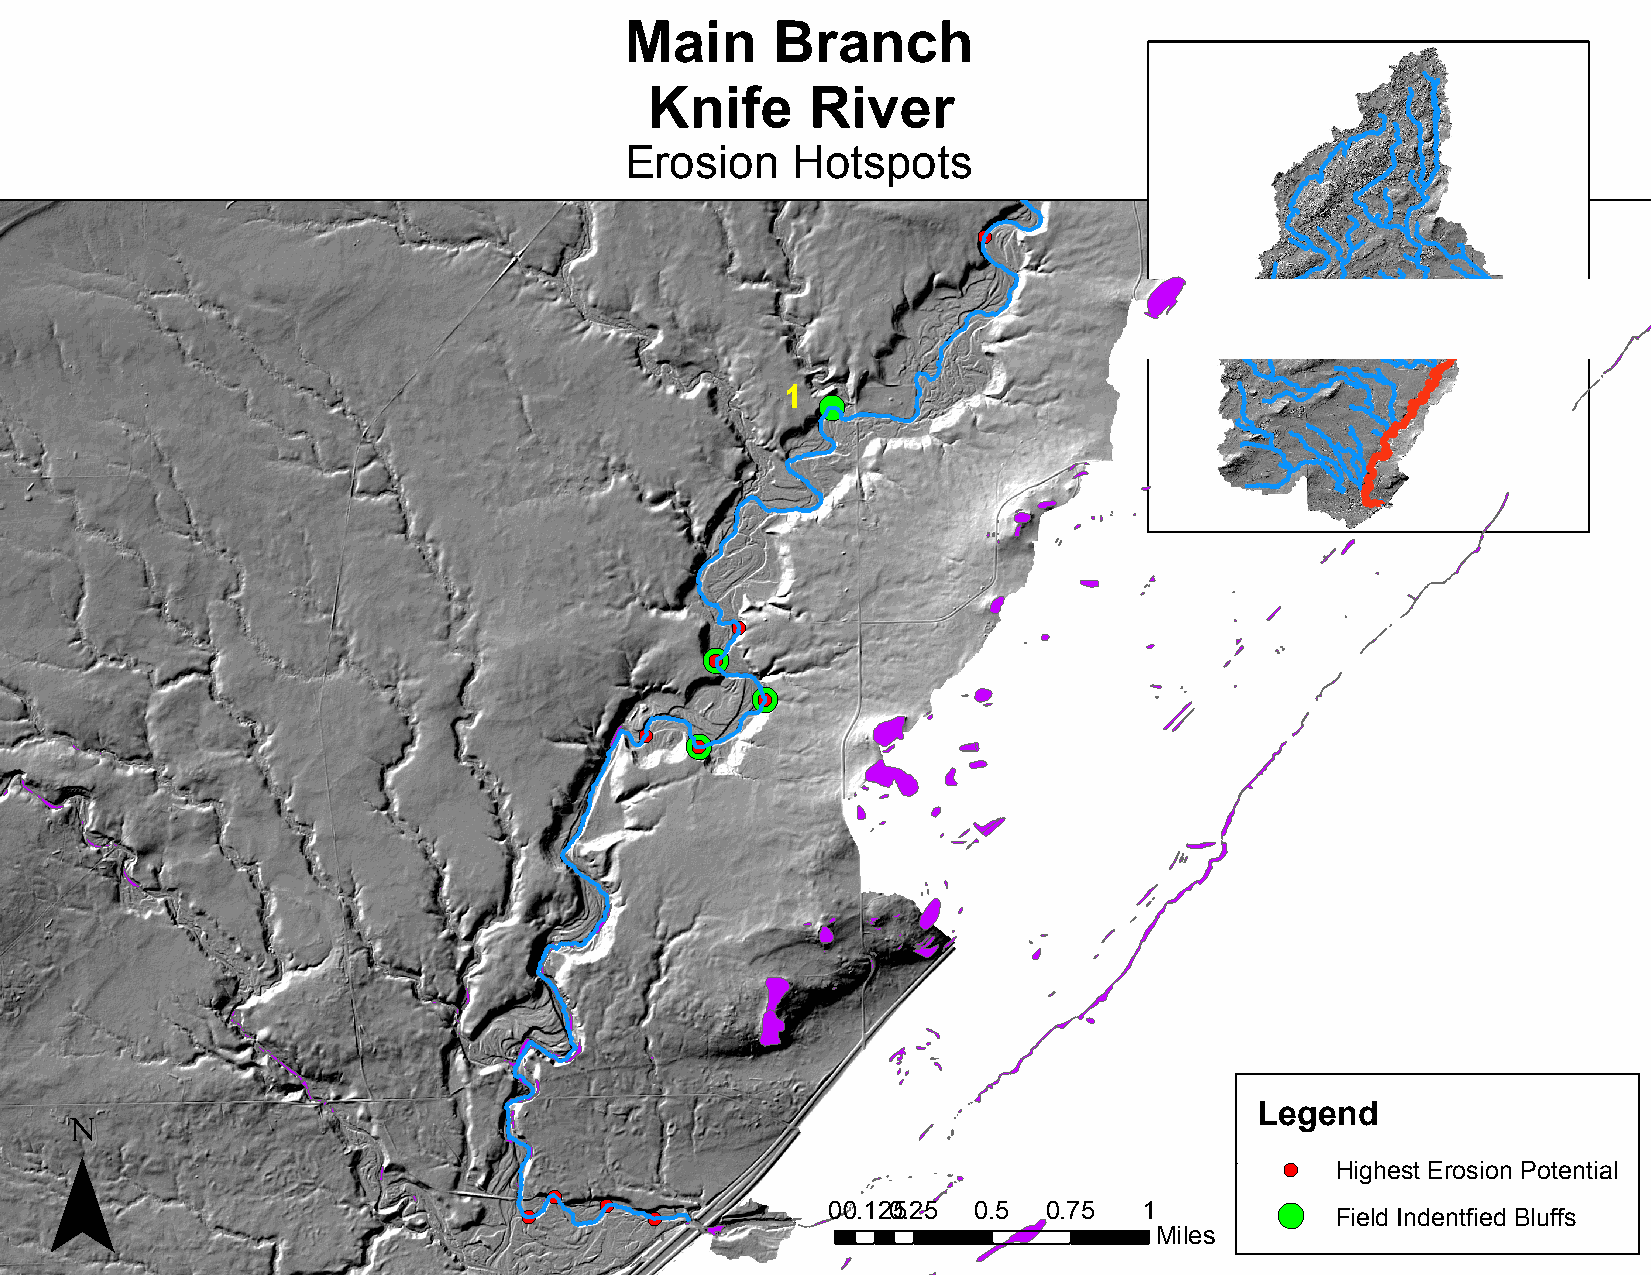
Main      Branch
 Knife      River
 Erosion    Hotspots
 !(
 1 !(
 !(
 !(
 2 !(
 !(
 !(
 3
 !( !(
 !(
 4
 ¯
 Legend
 !( Highest Erosion Potential
 !(
 !(   !( !(          00.1205. 25 0.5 0.75 1        !( Field Indentfied Bluffs
 Miles